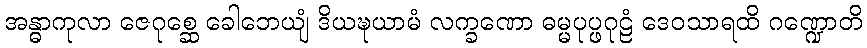
အန္ဓာကုလာ ဇေဂုစ္ဆေ ခေါဘေယျံ ဒိယဍ္ဎယာမံ လက္ခဏော ဓမ္မပုပ္ဖဂုဠံ ဒေဝသာရထိ ဂဏ္ဍောတိ